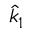
\hat { k } _ { 1 }